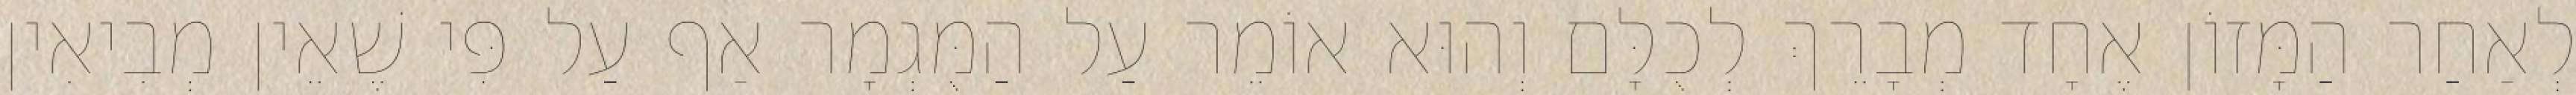
לְאַחַר הַמָּזוֹן אֶחָד מְבָרֵךְ לְכֻלָּם וְהוּא אוֹמֵר עַל הַמֻּגְמָר אַף עַל פִּי שֶׁאֵין מְבִיאִין